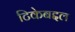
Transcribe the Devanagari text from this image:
टिकेबद्दल